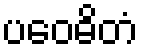
ပဝေဓိတံ